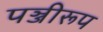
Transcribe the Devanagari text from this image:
पञ्जीरूप